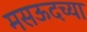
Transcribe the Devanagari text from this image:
मसऊदच्या